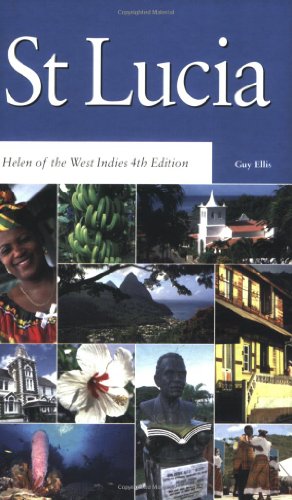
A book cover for Macmillan Saint Lucia: Helen of the West Indies (Macmillan Caribbean Guides); Guy Ellis; Travel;